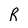
Character: R